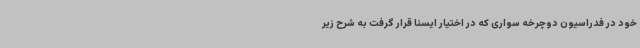
خود در فدراسیون دوچرخه سواری که در اختیار ایسنا قرار گرفت به شرح زیر